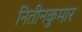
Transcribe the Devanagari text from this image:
नितीनकुमार